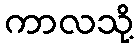
ကာလသို့